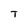
Character: T